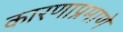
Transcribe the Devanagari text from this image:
कारणाप्रमाणे